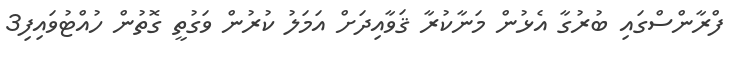
ފްރާންސްގައި ބުރުގާ އެޅުން މަނާކުރާ ޤަވާއިދަށް އަމަލު ކުރުން ވަގުތީ ގޮތުން ހުއްޓުވައިފި3